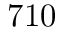
7 1 0